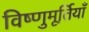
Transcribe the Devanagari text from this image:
विष्णुमूर्तियाँ